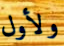
ولأول